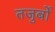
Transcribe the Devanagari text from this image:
तजुर्बों